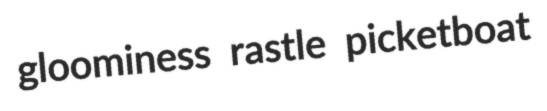
gloominess rastle picketboat